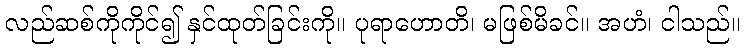
လည်ဆစ်ကိုကိုင်၍ နှင်ထုတ်ခြင်းကို။ ပုရာဟောတိ၊ မဖြစ်မိခင်။ အဟံ၊ ငါသည်။